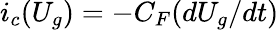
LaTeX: i_{c}(U_{g})=-C_{F}(dU_{g}/dt)